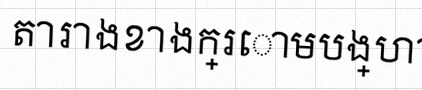
តារាងខាងក្រោមបង្ហាញពីទិន្នន័យ